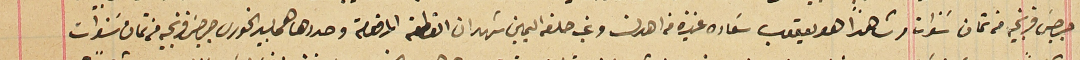
جرجسَ فرنجيه من تمان سنوات وشاهداً هو يعقوب سعَاده من اهدن وغب حلفه اليمين شهد ان القطعة المرقومة وحددها هى بيد الخورى جرجسَ فرنجيه من ثمان سَنوات